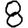
Digit: 8